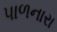
પાળનારા